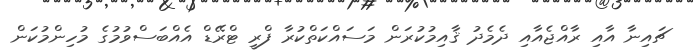
ޗައިނާ އާއި ރާއްޖެއާއި ދެމެދު ޤާއިމުކުރަން މަސައްކަތްކުރާ ފްރީ ޓްރޭޑް އެއްބަސްވުމުގެ މުހިންމުކަން